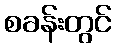
စခန်းတွင်